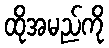
ထိုအမည်ကို